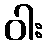
ဝါး